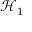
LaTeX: { \mathcal { H } } _ { 1 }